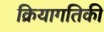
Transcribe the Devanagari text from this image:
क्रियागतिकी